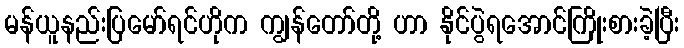
မန်ယူနည်းပြမော်ရင်ဟိုက ကျွန်တော်တို့ ဟာ နိုင်ပွဲရအောင်ကြိုးစားခဲ့ပြီး